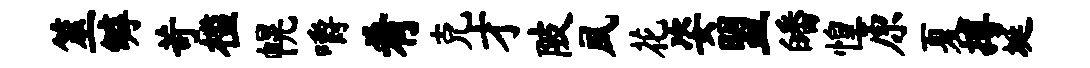
筮罅苛槛幌嚼肴克才陂夙花姿盟皤惶原夏搏埏